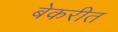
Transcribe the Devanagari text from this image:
बेकरीत